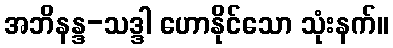
အဘိနန္ဒ-သဒ္ဒါ ဟောနိုင်သော သုံးနက်။